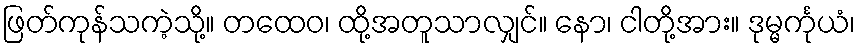
ဖြတ်ကုန်သကဲ့သို့။ တထေဝ၊ ထို့အတူသာလျှင်။ နော၊ ငါတို့အား။ ဒုမ္မင်္ကုယံ၊